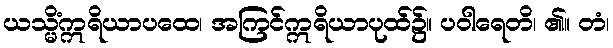
ယသ္မိံဣရိယာပထေ၊ အကြင်ဣရိယာပုထ်၌။ ပဝါရေတိ၊ ၏။ တံ၊